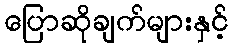
ပြောဆိုချက်များနှင့်